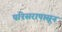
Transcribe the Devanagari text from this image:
परिसरापासून